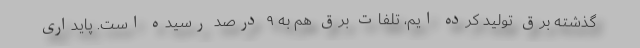
گذشته برق تولید کرده ایم، تلفات برق هم به ۹ درصد رسیده است. پایداری